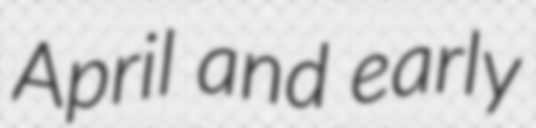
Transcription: April and early